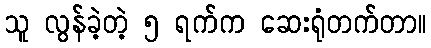
သူ လွန်ခဲ့တဲ့ ၅ ရက်က ဆေးရုံတက်တာ။